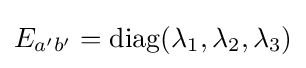
E_{a'b'}=\mathrm {diag} (\lambda _{1},\lambda _{2},\lambda _{3})